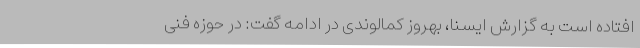
افتاده است به گزارش ایسنا، بهروز کمالوندی در ادامه گفت: در حوزه فنی